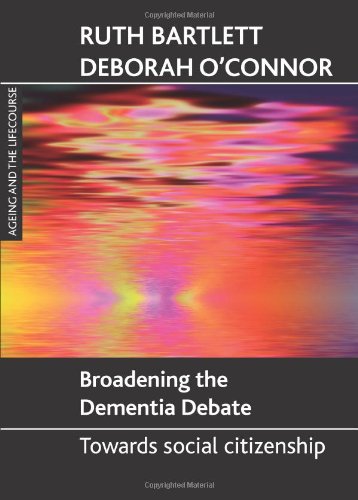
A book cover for Broadening the Dementia Debate: Towards Social Citizenship (Ageing and the Lifecourse Series); Ruth Bartlett; Politics & Social Sciences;